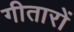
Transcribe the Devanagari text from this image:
गीतारों